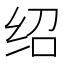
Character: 绍